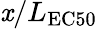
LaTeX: \mathit{x}/L_{\mathrm{{EC50}}}